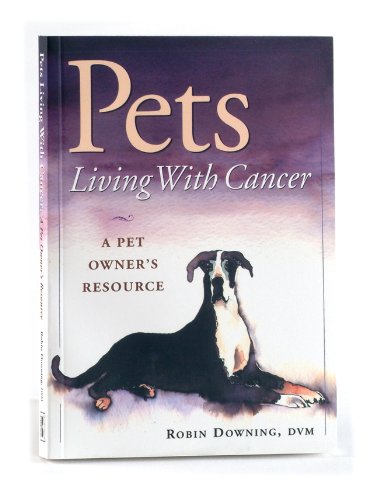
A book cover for Pets Living With Cancer: A Pet Owner's Resource; Robin Downing; Medical Books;